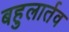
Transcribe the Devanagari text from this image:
बहुलार्तव